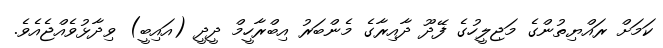
ކަމަށް ރައްޔިތުންގެ މަޖިލީހުގެ ފޭދޫ ދާއިރާގެ މެންބަރު އިބްރާހީމް ދީދީ (އައިބީ) ވިދާޅުވެއްޖެއެވެ.